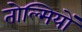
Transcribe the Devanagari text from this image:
तोल्मियों